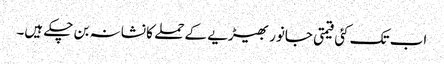
اب تک کئی قیمتی جانور بھیڑیے کے حملے کا نشانہ بن چکے ہیں۔